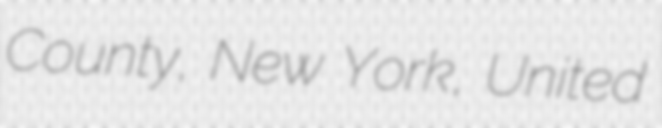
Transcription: County, New York, United